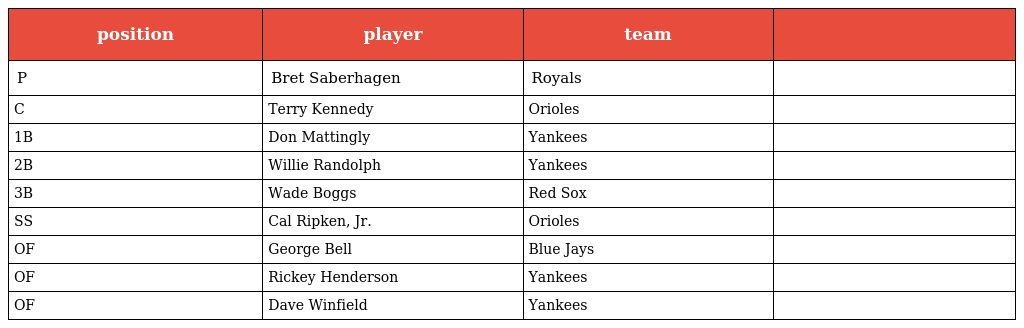
| position | player | team |  |
 | --- | --- | --- | --- |
 | P | Bret Saberhagen | Royals |  |
 | C | Terry Kennedy | Orioles |  |
 | 1B | Don Mattingly | Yankees |  |
 | 2B | Willie Randolph | Yankees |  |
 | 3B | Wade Boggs | Red Sox |  |
 | SS | Cal Ripken, Jr. | Orioles |  |
 | OF | George Bell | Blue Jays |  |
 | OF | Rickey Henderson | Yankees |  |
 | OF | Dave Winfield | Yankees |  |